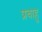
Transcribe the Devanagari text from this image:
प्रबाहु